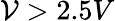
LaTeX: \mathcal{V}>2.5V